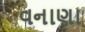
વનાણા